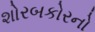
શોરબકોરનો